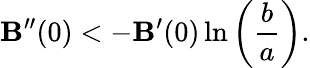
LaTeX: \mathbf{B}^{\prime\prime}(0)<-\mathbf{B}^{\prime}(0)\ln\left(\frac{{b}}{{a}}\right).